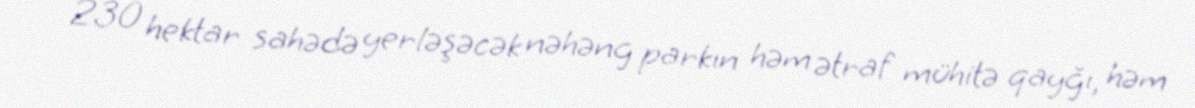
230 hektar sahədə yerləşəcək nəhəng parkın həm ətraf mühitə qayğı, həm